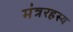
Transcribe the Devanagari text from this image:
मंत्ररहस्य